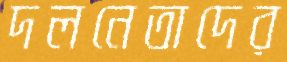
দলনেতাদের